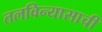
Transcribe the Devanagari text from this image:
तलविन्यासाची